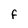
Character: F